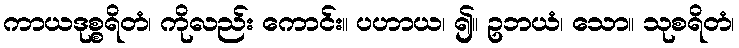
ကာယဒုစ္စရိတံ၊ ကိုလည်း ကောင်း။ ပဟာယ၊ ၍။ ဥဘယံ၊ သော။ သုစရိတံ၊